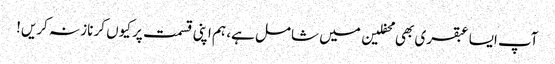
آپ ایسا عبقری بھی محفلین میں شامل ہے، ہم اپنی قسمت پر کیوں کر ناز نہ کریں!